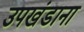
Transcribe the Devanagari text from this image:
उपखंडाना